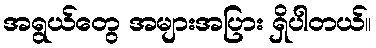
အရွယ်တွေ အများအပြား ရှိပါတယ်။